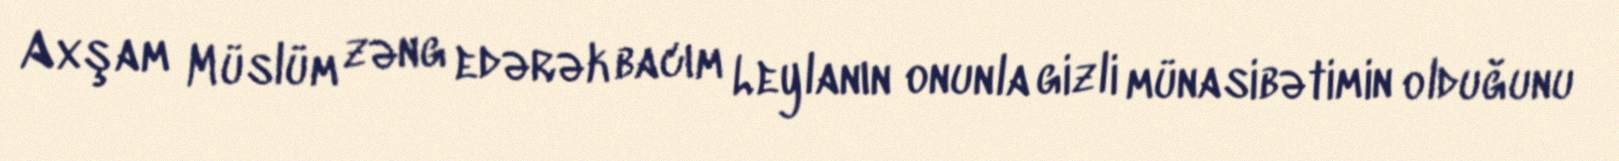
Axşam Müslüm zəng edərək bacım Leylanın onunla gizli münasibətimin olduğunu